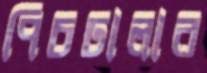
পিচঢালার